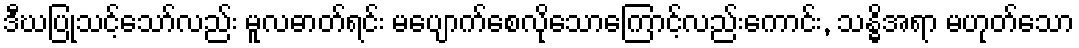
ဒီဃပြုသင့်သော်လည်း မူလဓာတ်ရင်း မပျောက်စေလိုသောကြောင့်လည်းကောင်း, သန္ဓိအရာ မဟုတ်သော